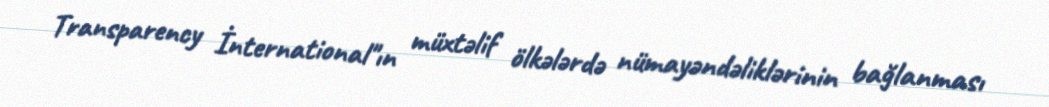
Transparency İnternational"ın müxtəlif ölkələrdə nümayəndəliklərinin bağlanması